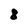
Character: 8